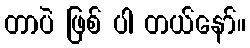
တာပဲ ဖြစ် ပါ တယ်နော်။